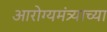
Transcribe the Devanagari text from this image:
आरोग्यमंत्र्याच्या